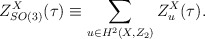
\begin{align*}Z_{SO(3)}^X(\tau)\equiv \sum_{u\in H^2(X,Z_2)} Z_u^X(\tau).\end{align*}